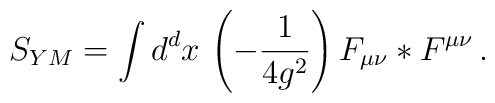
S_{YM} = \int d^d x\,          \left( -\frac{1}{4 g^2} \right)           F_{\mu\nu} *F^{\mu\nu}          \, .